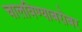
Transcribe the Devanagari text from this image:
चालविण्याबरोबर